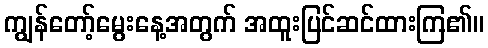
ကျွန်တော့်မွေးနေ့အတွက် အထူးပြင်ဆင်ထားကြ၏။